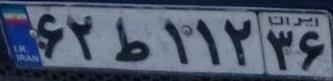
۶۲ط۱۱۲۳۶